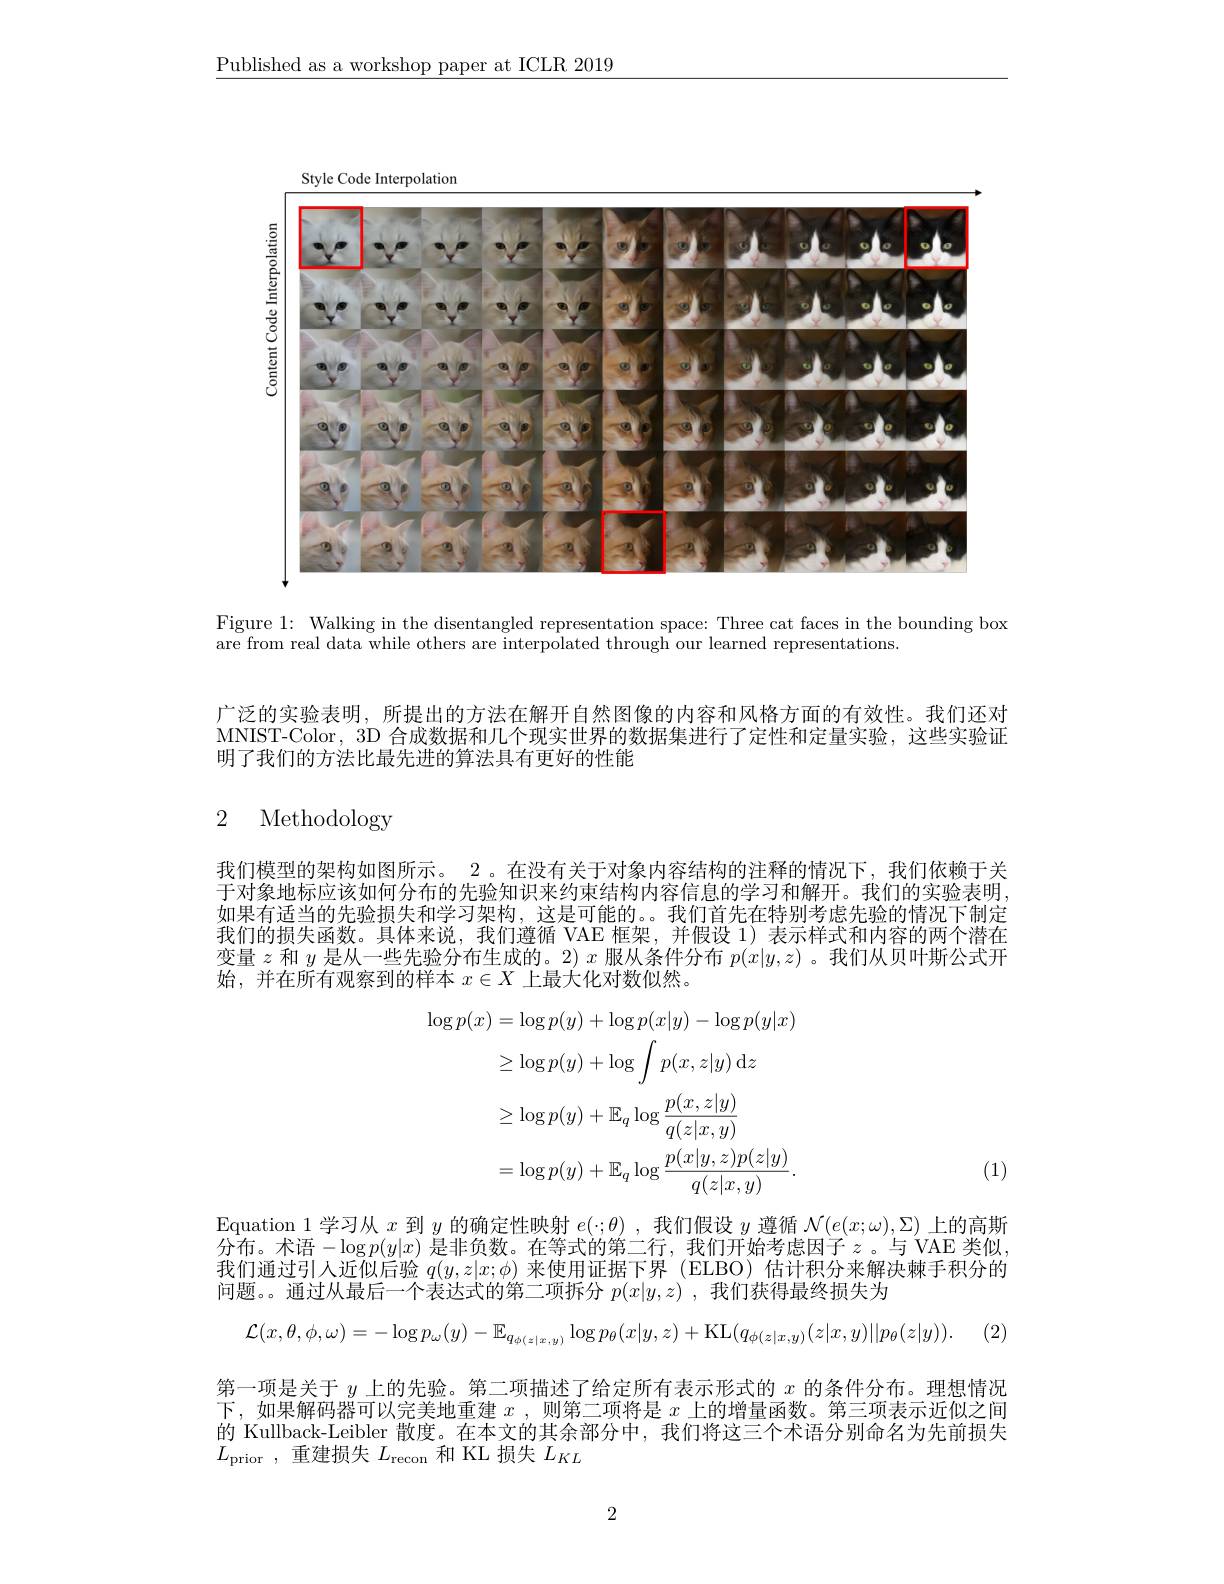
$\underline{\text{Published as a workshop paper at ICLR 2019}}$

Style Code Interpolation

<FigureHere>

Figure 1: Walking in the disentangled representation space: Three cat faces in the bounding box
are from real data while others are interpolated through our learned representations.

广泛的实验表明，所提出的方法在解开自然图像的内容和风格方面的有效性。我们还对MNIST-Color, 3D 合成数据和几个现实世界的数据集进行了定性和定量实验，这些实验证明了我们的方法比最先进的算法具有更好的性能

# 2 Methodology

我们模型的架构如图所示。2 。在没有关于对象内容结构的注释的情况下，我们依赖于关于对象地标应该如何分布的先验知识来约束结构内容信息的学习和解开。我们的实验表明如果有适当的先验损失和学习架构，这是可能的。。我们首先在特别考虑先验的情况下制定我们的损失函数。具体来说，我们遵循 VAE 框架，并假设 1) 表示样式和内容的两个潜在变量$z$和$y$是从一些先验分布生成的。2) $x$服从条件分布$p(x|y,z)$ 。我们从贝叶斯公式开始，并在所有观察到的样本$x\in X$上最大化对数似然。
$$\begin{aligned}\log p(x)&=\log p(y)+\log p(x|y)-\log p(y|x)\\&\geq\log p(y)+\log\int p(x,z|y)\:\mathrm{d}z\\&\geq\log p(y)+\mathbb{E}_{q}\log\frac{p(x,z|y)}{q(z|x,y)}\\&=\log p(y)+\mathbb{E}_{q}\log\frac{p(x|y,z)p(z|y)}{q(z|x,y)}.\end{aligned}$$
(1)

$\operatorname{Equation}1$学习从$x$到$y$的确定性映射$e(\cdot;\theta)$ ,我们假设$y$遵循$\mathcal{N}(\underline e(x;\omega),\Sigma)$上的高斯分布。术语$-\log p(y|x)$ 是非负数。在等式的第二行，我们开始考虑因子 $z$ 。与 VAE 类似， 我们通过引人近似后验$q(y,z|x;\phi)$来使用证据下界 (ELBO) 估计积分来解决棘手积分的问题。。通过从最后一个表达式的第二项拆分$p(x|y,z)$ ,我们获得最终损失为
$$\mathcal{L}(x,\theta,\phi,\omega)=-\log p_{\omega}(y)-\mathbb{E}_{q_{\phi(z|x,y)}}\log p_{\theta}(x|y,z)+\mathrm{KL}(q_{\phi(z|x,y)}(z|x,y)||p_{\theta}(z|y)).$$
第一项是关于$y$上的先验。第二项描述了给定所有表示形式的$x$的条件分布。理想情况下，如果解码器可以完美地重建$x$,则第二项将是$x$上的增量函数。第三项表示近似之间的 Kullback-Leibler 散度。在本文的其余部分中，我们将这三个术语分别命名为先前损失$L_{\mathrm{prior~,~}}$重建损失 $L_\mathrm{recon~}$和 KL 损失 $L_KL$

2